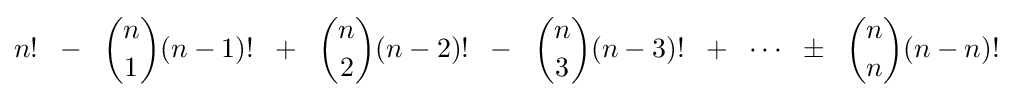
n!\;\;-\;\;{n \choose 1}(n-1)!\;\;+\;\;{n \choose 2}(n-2)!\;\;-\;\;{n \choose 3}(n-3)!\;\;+\;\;\cdots \;\;\pm \;\;{n \choose n}(n-n)!